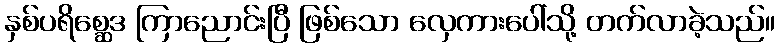
နှစ်ပရိစ္ဆေဒ ကြာညောင်းပြီ ဖြစ်သော လှေကားပေါ်သို့ တက်လာခဲ့သည်။